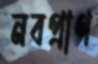
নবপ্রাণ